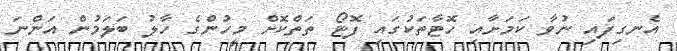
އެނގިފައި ނުވާ ކަމަށާއި ހޮޓާތަކުގައި ފޮޓޯ ތަތްކޮށް މީހުންގެ ހާލު ބަލަމުން އަންނަ